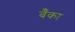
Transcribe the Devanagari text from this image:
बॅँका